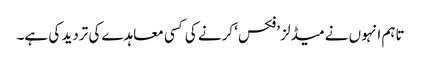
تاہم انہوں نے میڈلز ’فکس‘ کرنے کی کسی معاہدے کی تردید کی ہے۔